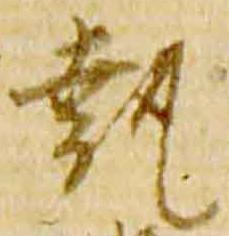
執